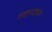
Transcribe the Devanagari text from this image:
गद्यपद्यांचा